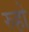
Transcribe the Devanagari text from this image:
रुहो